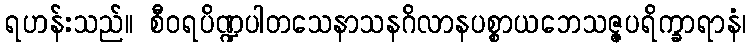
ရဟန်းသည်။ စီဝရပိဏ္ဍပါတသေနာသနဂိလာနပစ္စာယဘေသဇ္ဇပရိက္ခာရာနံ၊